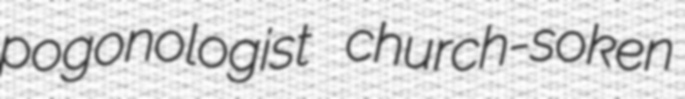
pogonologist church-soken